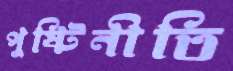
পুষ্টিনীতি